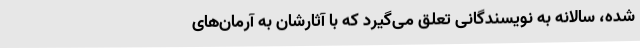
شده‌، سالانه به نویسندگانی تعلق می‌گیرد که با آثارشان به آرمان‌های